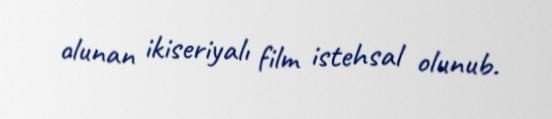
olunan ikiseriyalı film istehsal olunub.